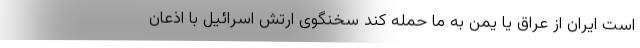
است ایران از عراق یا یمن به ما حمله کند سخنگوی ارتش اسرائیل با اذعان